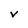
Character: V